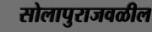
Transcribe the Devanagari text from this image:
सोलापुराजवळील